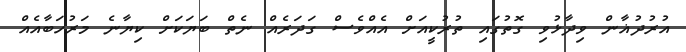
އުރުދުޣާން ވިދާޅުވި ގޮތުގައި ތުރުކީއަށް އެއްވެސް ގަދަރެއް ނެތް ބަޔަކަށް ކިޔާނެ މަރުހަބާއެއް